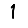
Digit: 1